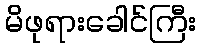
မိဖုရားခေါင်ကြီး